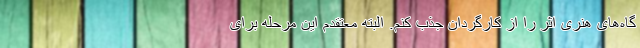
گاه‌های هنری اثر را از کارگردان جذب کنم. البته معتقدم این مرحله برای